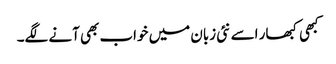
کبھی کبھار اسے نئی زبان میں خواب بھی آنے لگے۔